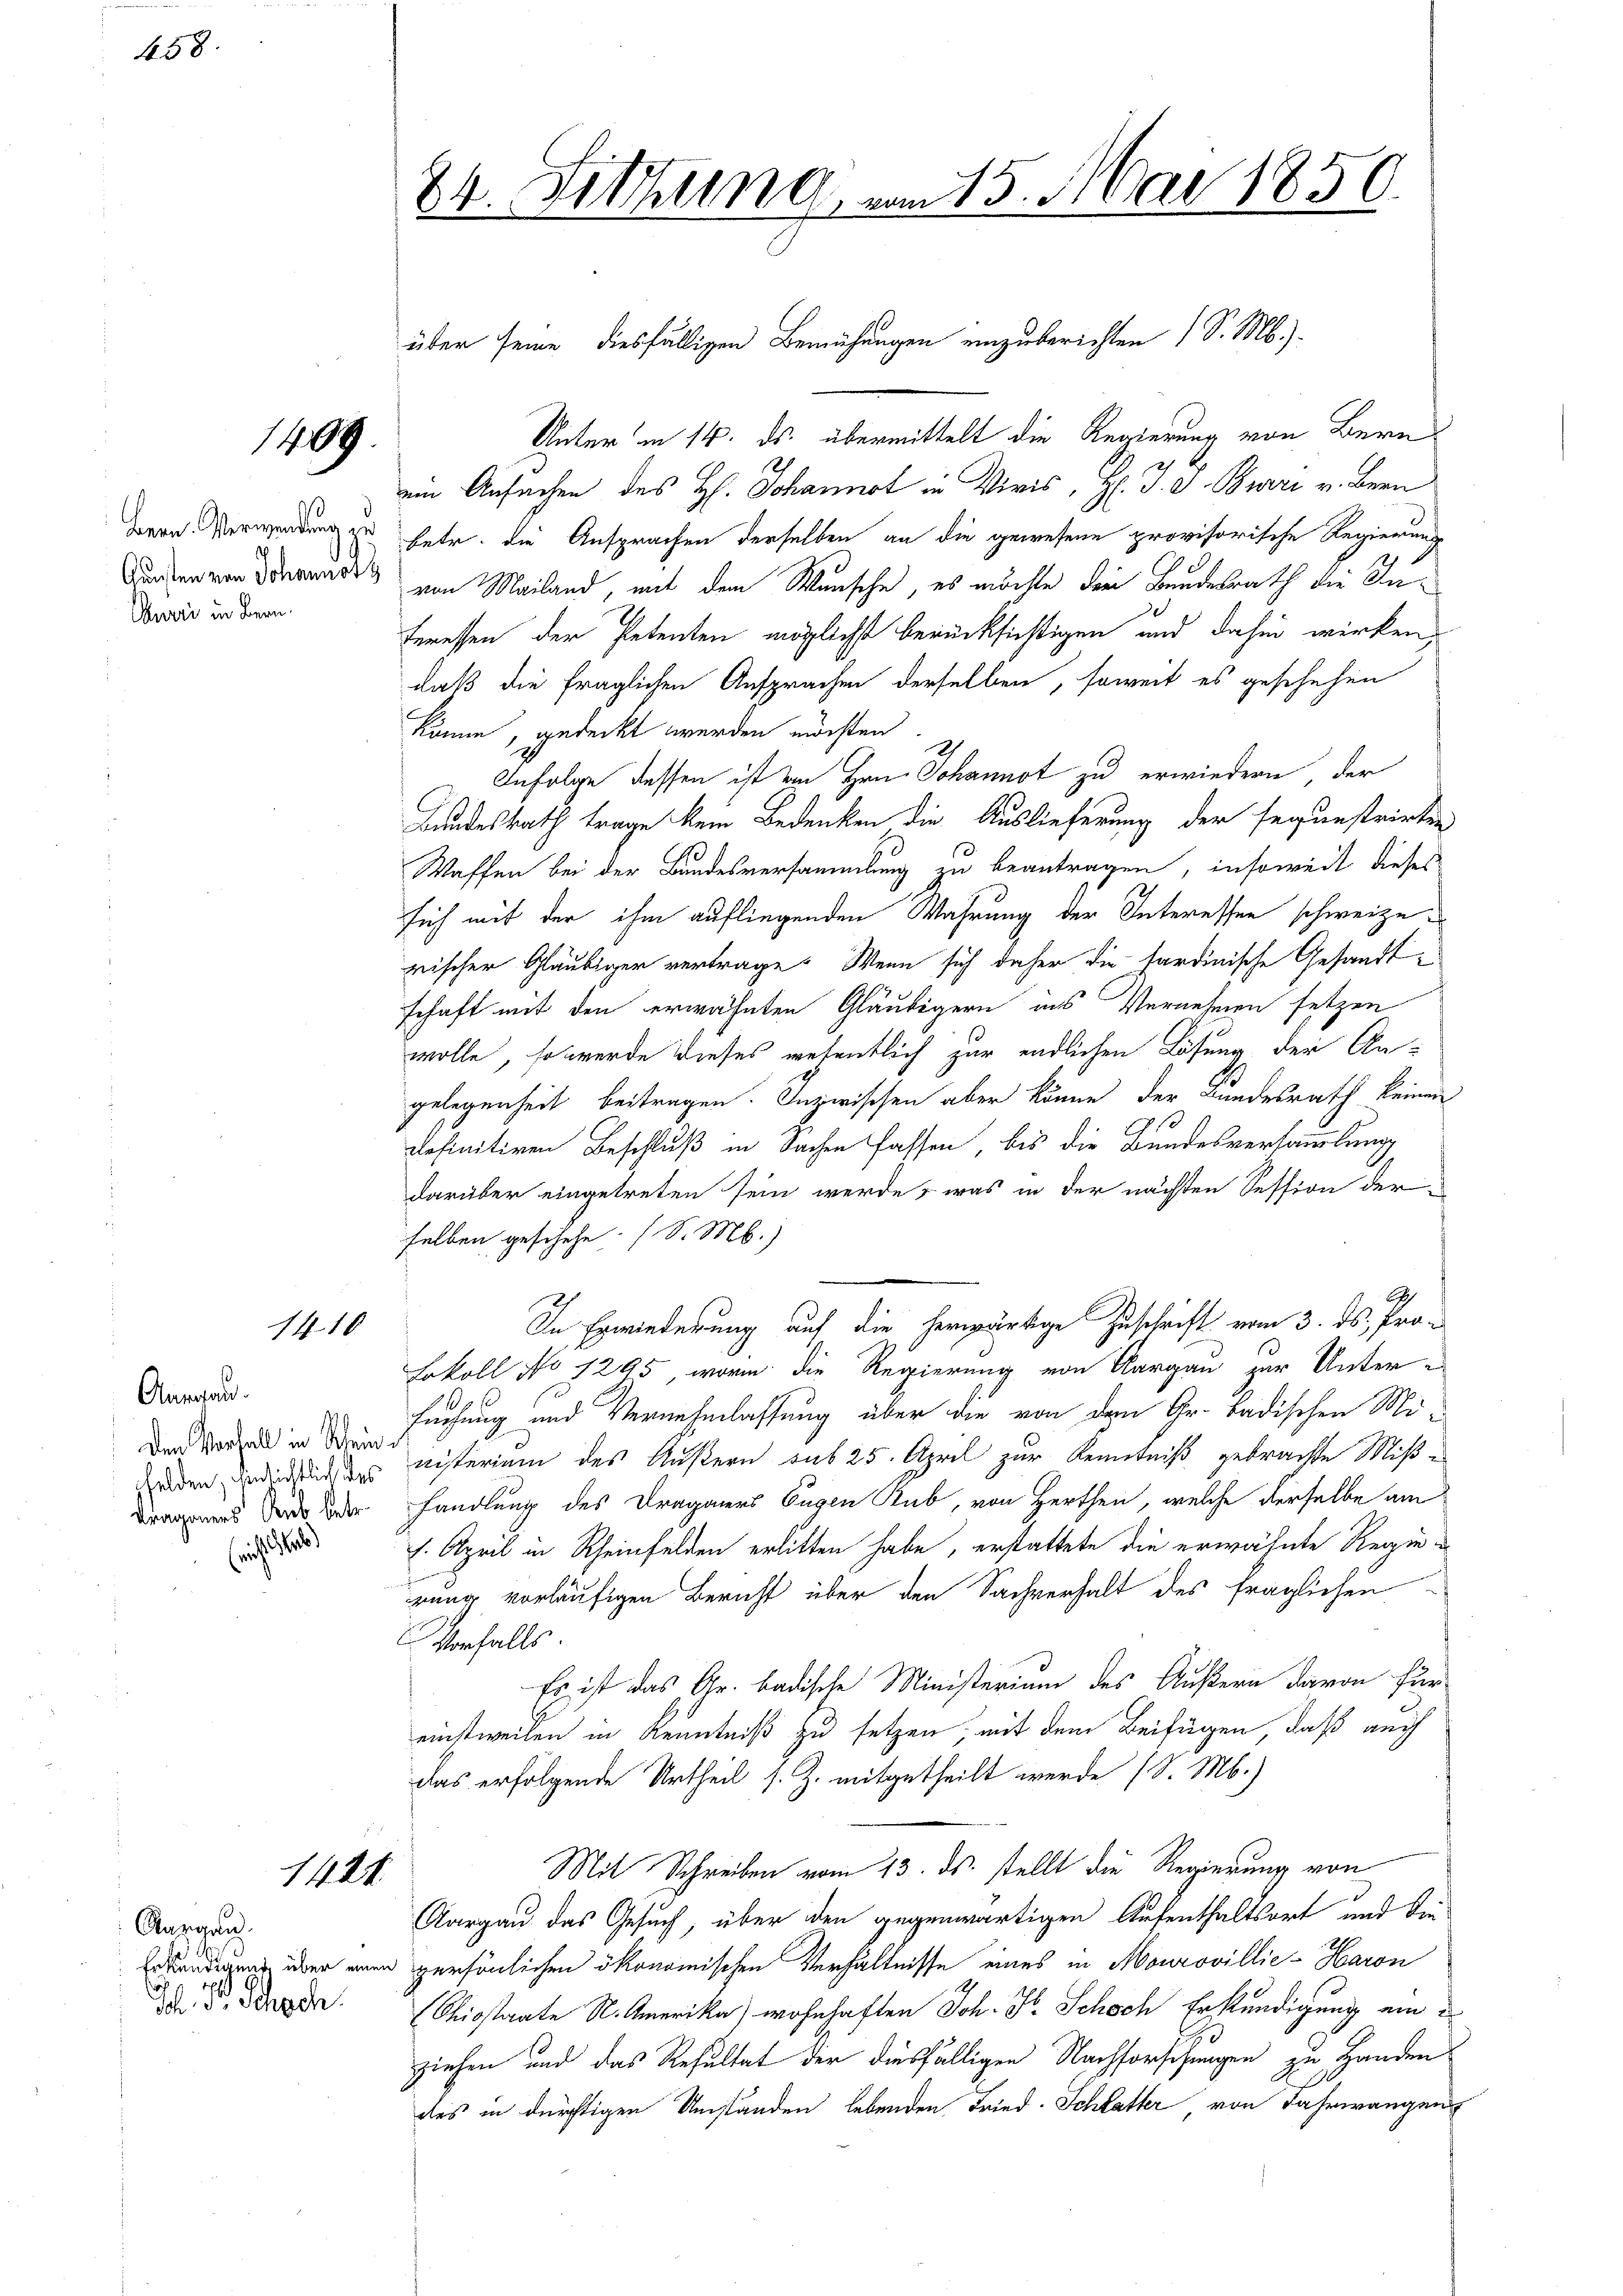
458.

Bern. Verwendung zu
Aueri in Bern.

Anrasan
Den Vorfall in Rheinkrageners Rub betr.
richt e

1410

1409

24. Fittung, vom 15. Mai 1850.

über seine diesfälligen Bemühungen einzuberichten 1 S. M.)
Unter in 14. ds. übermittelt die Regierung von Bern
ein Ansachen des H. Johannot in Viris, H. J. J. Brari v. Bern
betr. die Ansprachen derselben an die gewesene provisorische Regierungs-
Gärben von derens von Mailand, mit dem Wunsche, es möchte drei Bundesrath die Interessen der Petenten möglichst berücksichtigen und dahin wirken,
daß die fraglichen Ansprachen derselben, soweit es geschehen
könne, gedeckt werden möchten.
3
Infolge dessen ist von Hrn. Johannot zu erwiedern, der
Bundesrath trage kein Bedenken die Auslieferung der segunstrirten
Waffen bei der Bundesversammlung zu beantragen, insoweit dieses
sich mit der ihm aufliegenden Wahrung der Interessen schweizerischer Gläubiger vertrage. Wenn sich daher die sardinische Gesandtschaft mit den erwähnten Gläubigern ins Vernehmen setzen
wolle, so werde dieses wesentlich zur endlichen Lösung der An-
gelegenheit beitragen. Inzwischen aber könne der Bundesrath keinen
definitiven Beschluß in Sachen fassen, bis die Bundesversammlung
darüber eingetreten sein werde, was in der nächten Session der
selben geschehe. (S. M.)
Ah
In Erwiederung auf die herwärtige Zuschrift vom 3. ds. Pro-
Lokoll No 1295, worin die Regierung von Aargau zur Unter-
suchung und Vernehmlassung über die von den Gr. Badischen Mi-
den die nisterium des Äußern sub 25. April zur Kenntniß gebrachte Mißhandlung des Dragoners Eugen Rub, von Herthen, welche derselbe am
1. April in Rheinfelden erlitten habe, erstattete die erwähnte Regierung vorläufigen Bericht über den Sachverhalt des fraglichen
Vorfalls.
Es ist das Gr. badische Ministerium des Äußern davon für
einstweilen in Kenntniß zu setzen, mit dem Beifügen, daß auch
das erfolgende Urtheil s. Z. mitgetheilt werde (S. M.)
Mit Schreiben vom 13. ds. stellt die Regierung von
Aargau das Gesuch, über den gegenwärtigen Aufenthaltsort und die
Zuwendigung über eine persönlichen ökonomischen Verhältnisse eines in Mourovillie-Haron
Chiostaate S. Amerika) wohnhaften Joh. Fr. Schoch Erstündigung am 2
ziehen und das Resultat der diesfälligen Nachforschungen zu Handen
des in durchtigen Umständen lebenden Fried-Schlatter von Fahrwangen

1424.

Ausgang.
Joh. Pr. Schoch.